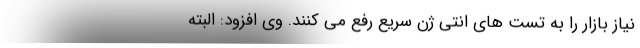
نیاز بازار را به تست های انتی ژن سریع رفع می کنند. وی افزود: البته